Lunatic asylums Punjab 1911-1921 - 1911-1921
Year: 1911
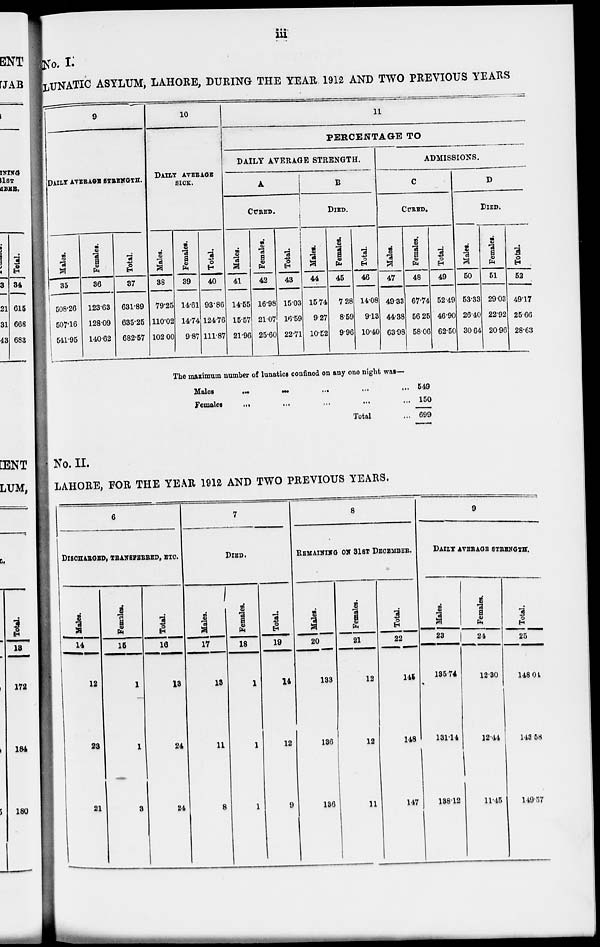
iii
No. I.
LUNATIC ASYLUM, LAHORE, DURING THE YEAR 1912 AND TWO PREVIOUS YEARS
9
DAILY AVERAGE STRENGTH.
Males.
35
508.26
507.16
541.95
Females.
36
123.63
128.09
140.62
Total.
37
631.89
685.25
682.57
10
DAILY AVERAGE
SICK.
Males.
38
79.25
110.02
102.00
Females.
39
14.61
14.74
9.87
Total.
40
93.86
124.76
111.87
11
PERCENTAGE TO
DAILY AVERAGE STRENGTH.
A
CURED.
Males.
41
14.55
15.57
21.96
Females.
42
16.98
21.07
25.60
Total.
43
15.03
16.59
22.71
B
DIED.
Males.
44
15.74
9.27
10.52
Females.
45
7.28
8.59
9.96
Total.
46
14.08
9.13
10.40
ADMISSIONS.
C
CURED.
Males.
47
49.33
44.38
63.98
Females.
48
67.74
56.25
58.06
Total.
49
52.49
46.90
62.50
D
DIED.
Males.
50
53.33
26.40
30.64
Females.
51
29.03
22.92
20.96
Total.
52
49.17
25.66
28.63
The maximum number of lunatics confined on any one night was—
Males
...
...
...
...
...
Females
...
...
...
...
...
Total ...
549
150
699
No.II.
LAHORE, FOR THE YEAR 1912 AND TWO PREVIOUS YEARS.
6
DISCHARGED, TRANSFERRED, ETC.
Mal es .
14
12
23
21
Females.
15
1
1
3
Total.
16
13
24
24
7
DIED.
Males.
17
13
11
8
Females.
18
1
1
1
Total.
19
14
12
9
8
REMAINING ON 31ST DECEMBER.
Males.
20
133
136
136
Females.
21
12
12
11
Total.
22
145
148
147
9
DAILY AVERAGE STRENGTH.
Males.
23
135.74
131.14
138.12
Females.
24
12.30
12.44
11.45
Total.
25
148.04
143.58
149.57